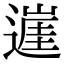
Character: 𨖭